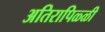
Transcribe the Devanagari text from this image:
अतिरापिळ्ळी